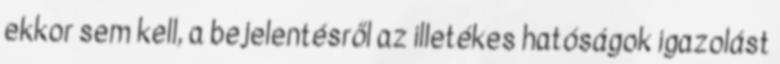
ekkor sem kell, a bejelentésről az illetékes hatóságok igazolást